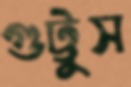
গুট্টুস